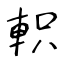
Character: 軹